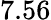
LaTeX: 7.56